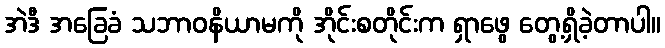
အဲဒီ အခြေခံ သဘာဝနိယာမကို အိုင်းစတိုင်းက ရှာဖွေ တွေ့ရှိခဲ့တာပါ။